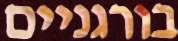
בורגניים